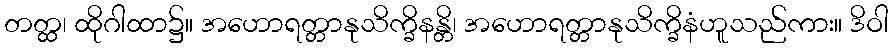
တတ္ထ၊ ထိုဂါထာ၌။ အဟောရတ္တာနုသိက္ခိနန္တိ၊ အဟောရတ္တာနုသိက္ခိနံဟူသည်ကား။ ဒိဝါ